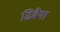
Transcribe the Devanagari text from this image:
ढिवैया